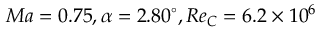
M a = 0 . 7 5 , \alpha = 2 . 8 0 ^ { \circ } , R e _ { C } = 6 . 2 \times { 1 0 ^ { 6 } }